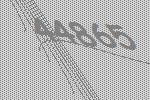
44865